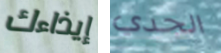
إيذاءك الجدي